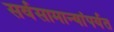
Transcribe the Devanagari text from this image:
सर्वसामान्यांपर्यत